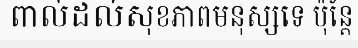
ពាល់ដល់សុខភាពមនុស្សទេ ប៉ុន្តែ